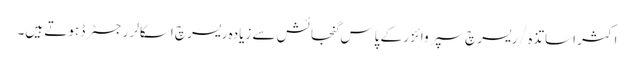
اکثر اساتذہ / ریسرچ سپروائزر کے پاس گنجائش سے زیادہ ریسرچ اسکالر رجسٹرڈ ہوتے ہیں۔